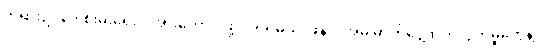
တရားဥပဒေ စိုးမိုးရေး ပိုအားကောင်းဖို့ လုပ်ရမယ်၊ ဖန်လုံအိမ် ဓာတ်ငွေ့ထုတ်လွှတ်မှုတွေနဲ့